画像に写った文字を読んでください
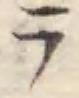
「ラ」と書いてあります